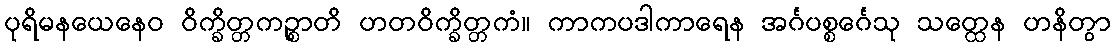
ပုရိမနယေနေဝ ဝိက္ခိတ္တကဉ္စာတိ ဟတဝိက္ခိတ္တကံ။ ကာကပဒါကာရေန အင်္ဂပစ္စင်္ဂေသု သတ္ထေန ဟနိတွာ